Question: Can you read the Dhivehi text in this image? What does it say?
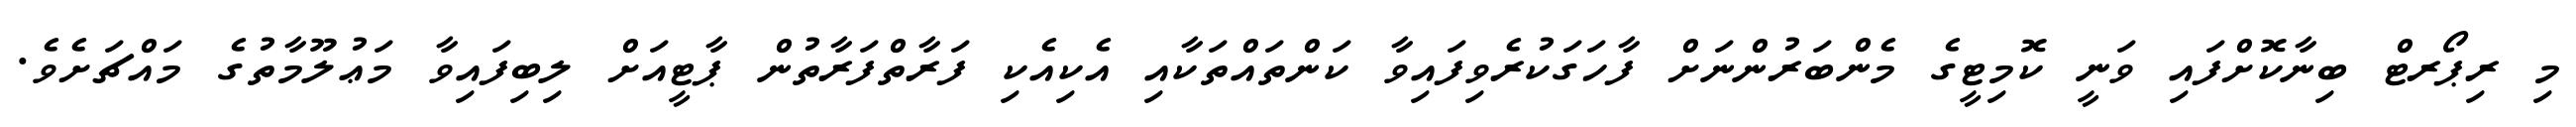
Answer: މި ރިޕޯރޓް ބިނާކޮށްފައި ވަނީ ކޮމިޓީގެ މެންބަރުންނަށް ފާހަގަކުރެވިފައިވާ ކަންތައްތަކާއި އެކިއެކި ފަރާތްފަރާތުން ޕާޓީއަށް ލިބިފައިވާ މަޢުލޫމާތުގެ މައްޗަށެވެ.